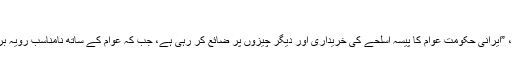
"
ا±ن کے بقول، ”ایرانی حکومت عوام کا پیسہ اسلحے کی خریداری اور دیگر چیزوں پر ضائع کر رہی ہے، جب کہ عوام کے ساتھ نامناسب رویہ برتا جا رہا ہے۔